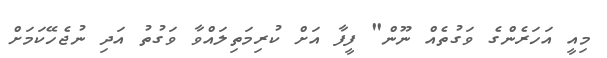
މިއީ އަހަރެންގެ ވަގުތެއް ނޫން" ފީފާ އަށް ކުރިމަތިލައްވާ ވަގުތު އަދި ނުޖެހޭކަމަށް